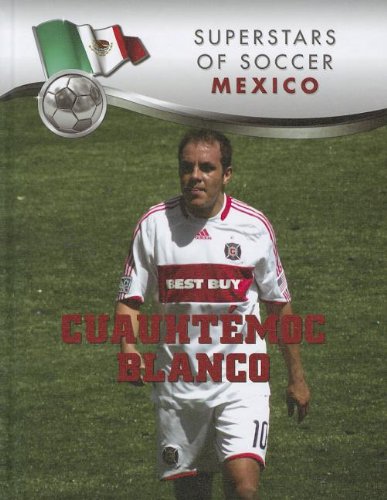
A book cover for CuauhtÃ©moc Blanco (Superestrellas Del FÃºtbol / Superstars of Soccer); Paco Elzaurdia; Children's Books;